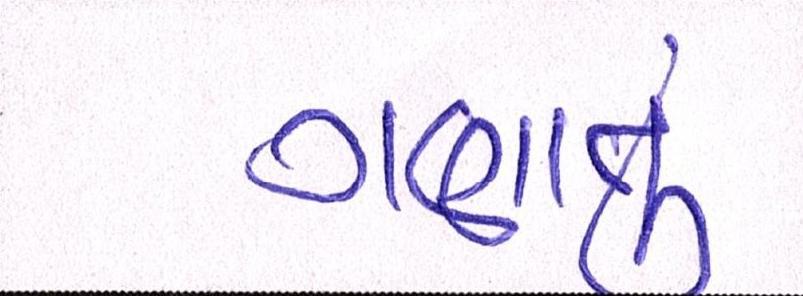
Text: ગણાતું